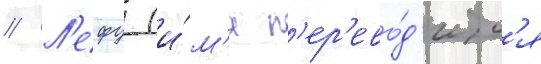
// Л'ефу (и́м'я п'ер'ево́д'итс'я